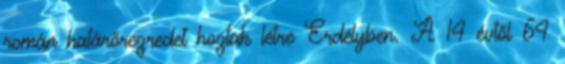
román határőrezredet hoztak létre Erdélyben. A 14 évtől 64